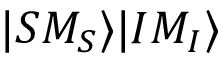
| S M _ { S } \rangle | I M _ { I } \rangle